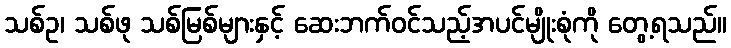
သစ်ဥ၊ သစ်ဖု သစ်မြစ်များနှင့် ဆေးဘက်ဝင်သည့်အပင်မျိုးစုံကို တွေ့ရသည်။